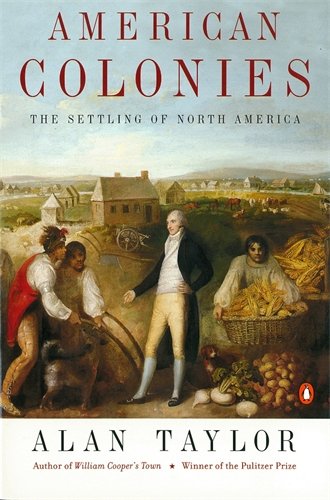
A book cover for American Colonies: The Settling of North America, Vol. 1; Alan Taylor; History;